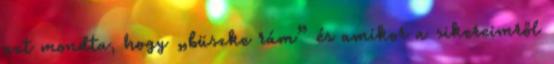
azt mondta, hogy „büszke rám” és amikor a sikereimről